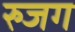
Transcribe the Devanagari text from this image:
रुजग